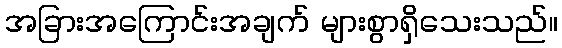
အခြားအကြောင်းအချက် များစွာရှိသေးသည်။